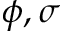
\phi , \sigma